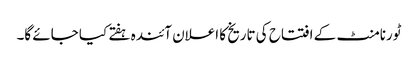
ٹورنامنٹ کے افتتاح کی تاریخ کا اعلان آئندہ ہفتے کیا جائے گا۔